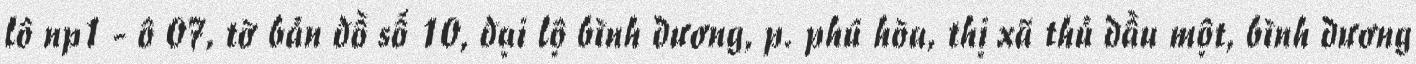
lô np1 - ô 07, tờ bản đồ số 10, đại lộ bình dương, p. phú hòa, thị xã thủ dầu một, bình dương